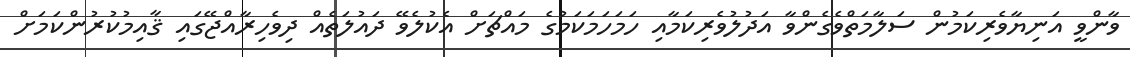
ވާންވީ އަނިޔާވެރިކަމުން ސަލާމަތްވެގެންވާ އަދުލުވެރިކަމާއި ހަމަހަމަކަމުގެ މައްޗަށް އެކުލެވޭ ދައުލަތެއް ދިވެހިރާއްޖޭގައި ޤާއިމުކުރުންކަމަށް